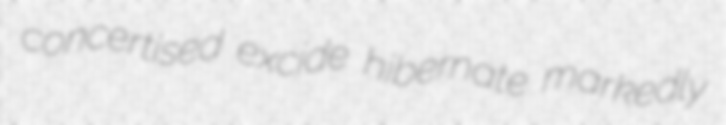
concertised excide hibernate markedly